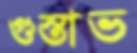
গুস্তাভ